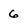
Character: 6